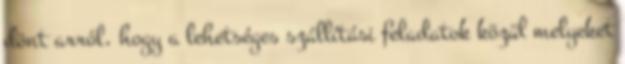
dönt arról, hogy a lehetséges szállítási feladatok közül melyeket